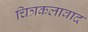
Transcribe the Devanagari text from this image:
चित्रकलावाद